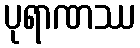
ပုရာဏဿ